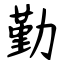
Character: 勤